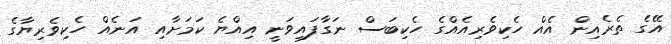
އޭގެ ތެރެއިން އެއް ހެކިވެރިއެއްގެ ހެކިބަސް ނަގާފައިވަނީ އިއްޔެ ކަމަށާއި އަނެއް ހެކިވެރިޔާގެ